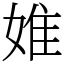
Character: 婎